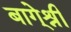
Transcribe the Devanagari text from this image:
बागे्श्री